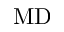
\mathrm { M D }